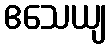
ဧသေယျ